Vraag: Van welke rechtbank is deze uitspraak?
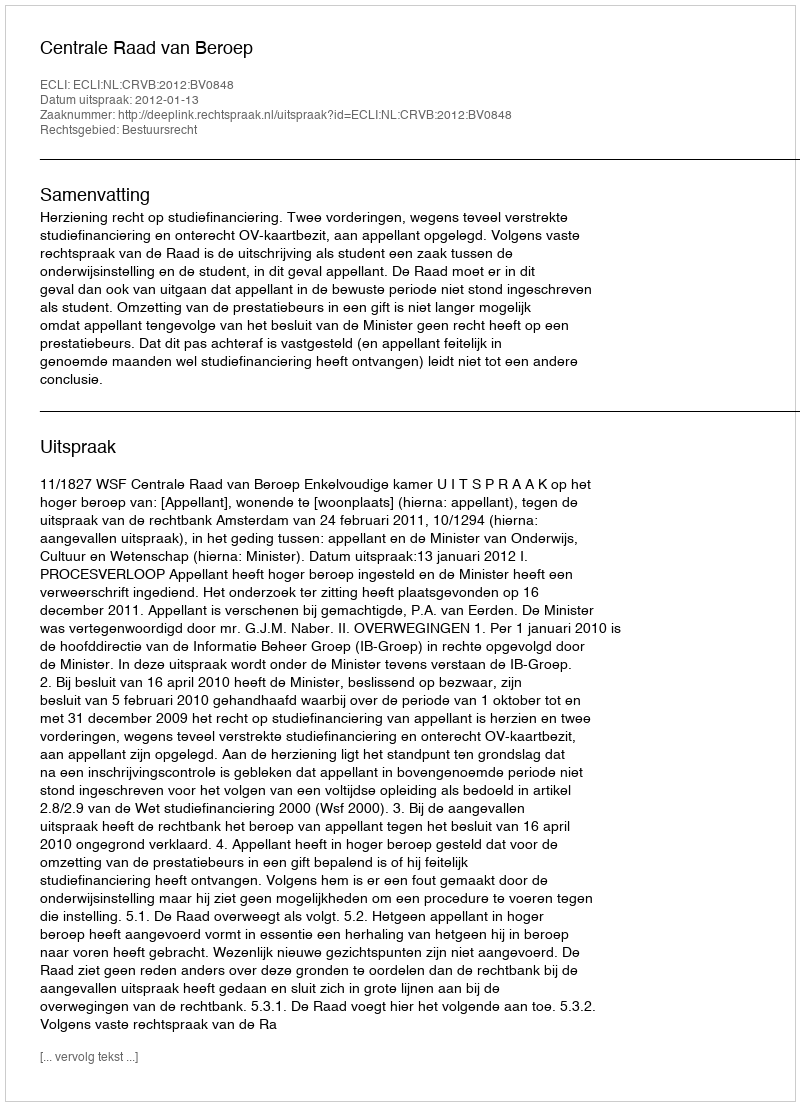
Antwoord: Centrale Raad van Beroep